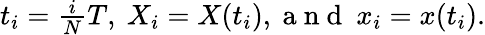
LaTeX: \begin{array}{r}{t_{i}=\frac{i}{N}T,\ X_{i}=X(t_{i}),\mathrm{~a~n~d~}\ x_{i}=x(t_{i}).}\end{array}